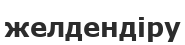
желдендіру